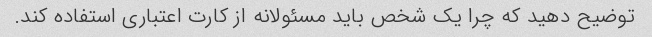
توضیح دهید که چرا یک شخص باید مسئولانه از کارت اعتباری استفاده کند.